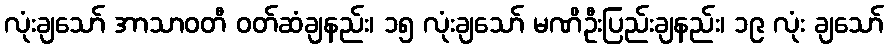
လုံးချသော် အာသာဝတီ ဝတ်ဆံချနည်း၊ ၁၅ လုံးချသော် မဏိဦးပြည်းချနည်း၊ ၁၉ လုံး ချသော်